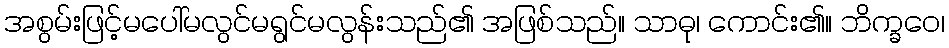
အစွမ်းဖြင့်မပေါ်မလွင်မရွင်မလွန်းသည်၏ အဖြစ်သည်။ သာဓု၊ ကောင်း၏။ ဘိက္ခဝေ၊